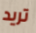
تريد